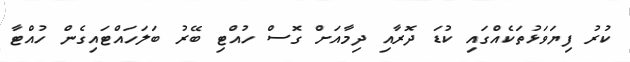
ކުރު ފިޔަވަޅުތަކެއްގައި ކުޑަ ދޮރާއި ދިމާއަށް ގޮސް ހުއްޓި ބޭރު ބަލަހައްޓައިގެން ހުއްޓާ